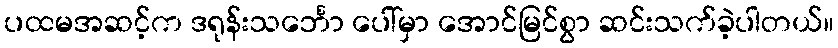
ပထမအဆင့်က ဒရုန်းသင်္ဘော ပေါ်မှာ အောင်မြင်စွာ ဆင်းသက်ခဲ့ပါတယ်။